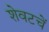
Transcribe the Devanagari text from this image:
शेवटचें